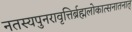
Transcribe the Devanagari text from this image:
नतस्यपुनरावृत्तिर्ब्रह्मलोकात्सनातनात्